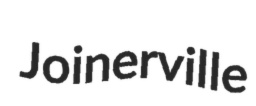
Joinerville